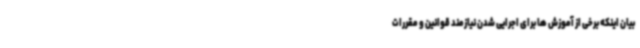
بیان اینکه برخی از آموزش ها برای اجرایی شدن نیازمند قوانین و مقررات